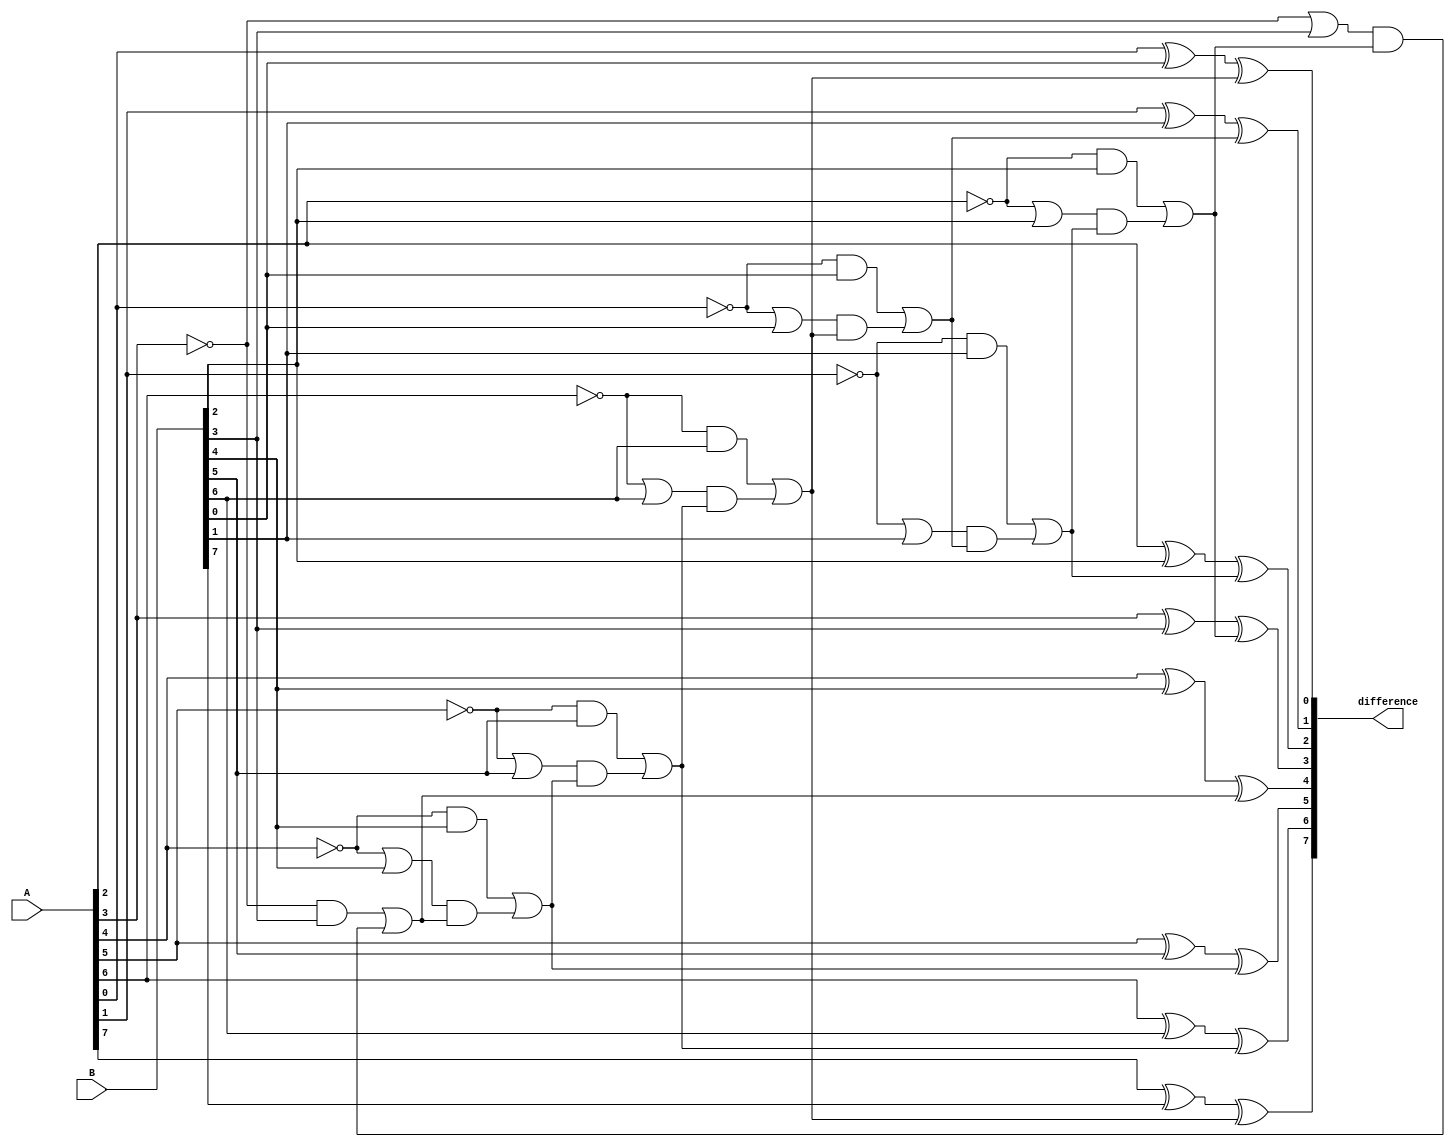
module ripple_subtractor(input [7:0] A, input [7:0] B, output reg [7:0] difference);
  
  reg borrow;
  
  always @* begin
    difference[0] = A[0] ^ B[0] ^ borrow;
    borrow = (~A[0] & B[0]) | ((~A[0] | B[0]) & borrow);
    difference[1] = A[1] ^ B[1] ^ borrow;
    borrow = (~A[1] & B[1]) | ((~A[1] | B[1]) & borrow);
    difference[2] = A[2] ^ B[2] ^ borrow;
    borrow = (~A[2] & B[2]) | ((~A[2] | B[2]) & borrow);
    difference[3] = A[3] ^ B[3] ^ borrow;
    borrow = (~A[3] & B[3]) | ((~A[3] | B[3]) & borrow);
    difference[4] = A[4] ^ B[4] ^ borrow;
    borrow = (~A[4] & B[4]) | ((~A[4] | B[4]) & borrow);
    difference[5] = A[5] ^ B[5] ^ borrow;
    borrow = (~A[5] & B[5]) | ((~A[5] | B[5]) & borrow);
    difference[6] = A[6] ^ B[6] ^ borrow;
    borrow = (~A[6] & B[6]) | ((~A[6] | B[6]) & borrow);
    difference[7] = A[7] ^ B[7] ^ borrow;
  end
endmodule